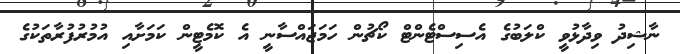
ނާޝިދު ވިދާޅުވީ ކްލަބުގެ އެސިސްޓެންޓް ކޯޗުން ހަމަޖައްސާނީ އެ ކޮމެޓީން ކަމަށާއި އުމުރުފުރާތަކުގެ